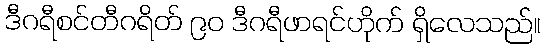
ဒီဂရီစင်တီဂရိတ် ၉၀ ဒီဂရီဖာရင်ဟိုက် ရှိလေသည်။